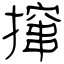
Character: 撺